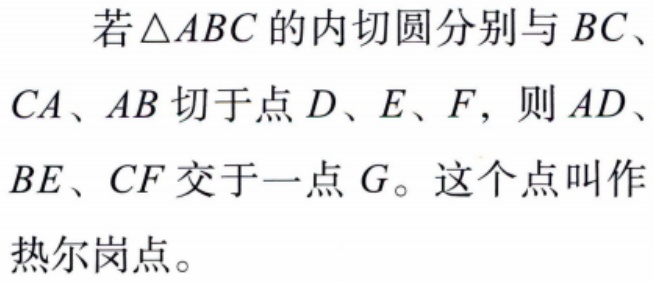
若\(\triangle ABC\)的内切圆分别与\(BC\)、\(CA\)、\(AB\)切于点\(D\)、\(E\)、\(F\)，则\(AD\)、\(BE\)、\(CF\)交于一点\(G\)。这个点叫作热尔岗点。